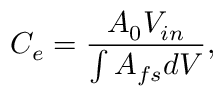
C _ { e } = \frac { A _ { 0 } V _ { i n } } { \int { A _ { f s } d V } } ,